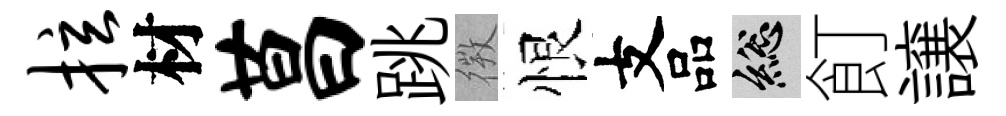
拉材莒跳𢕄恨支品總飣譲